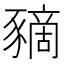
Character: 豴